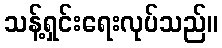
သန့်ရှင်းရေးလုပ်သည်။